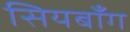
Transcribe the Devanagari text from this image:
सियबाँग